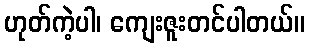
ဟုတ်ကဲ့ပါ၊ ကျေးဇူးတင်ပါတယ်။